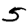
Digit: 5